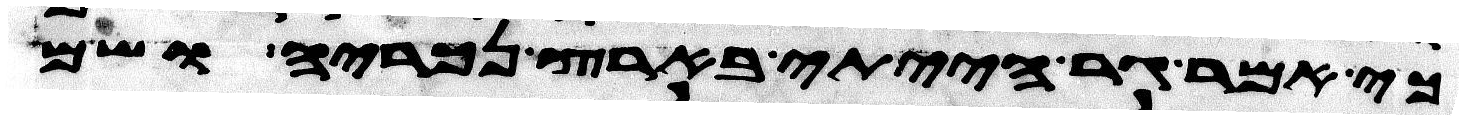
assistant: כי אמר גר הייתי בארץ נכריה ושם